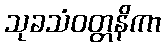
သုခသံဝတ္တနိကာ